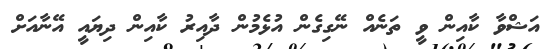
އަޝްވާ ކާއިން ވީ ތަނެއް ނޭގިގެން އުޅެމުން ދާއިރު ކާއިން ދިޔައީ އޭނާއަށް